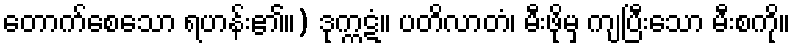
တောက်စေသော ရဟန်း၏။) ဒုက္ကဋံ။ ပတိလာတံ၊ မီးဖိုမှ ကျပြီးသော မီးစကို။